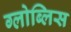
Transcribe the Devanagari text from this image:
ग्लोब्लिस